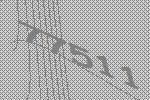
77511